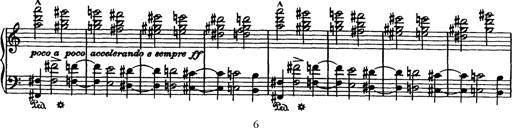
Title: BÃ¼low-Marsch
Composer: Franz Liszt